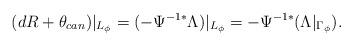
LaTeX: \begin{align*} (dR+\theta_{can})|_{L_{\phi}}=(-\Psi^{-1*}\Lambda)|_{L_{\phi}}=-\Psi^{-1*}(\Lambda|_{\Gamma_{\phi}}).\end{align*}